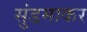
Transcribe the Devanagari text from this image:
सुंडमाकर